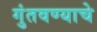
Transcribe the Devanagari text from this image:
गुंतवण्याचे